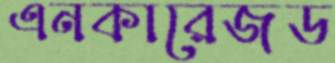
এনকারেজড